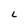
Character: L